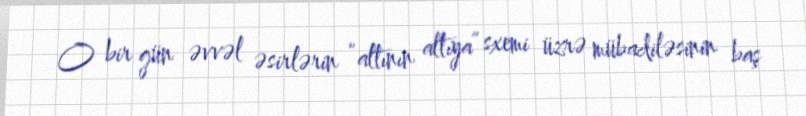
O bir gün əvvəl əsirlərin “altının altıya” sxemi üzrə mübadiləsinin baş